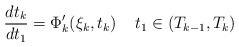
LaTeX: \begin{align*}\frac{dt_k}{dt_1}=\Phi_k'(\xi_k,t_k)\;\;\;\;t_1\in(T_{k-1},T_k)\end{align*}